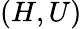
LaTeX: (H,U)